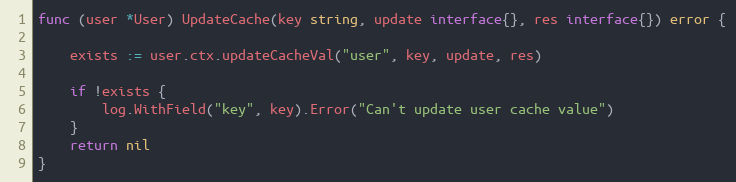
Language: Go
func (user *User) UpdateCache(key string, update interface{}, res interface{}) error {

	exists := user.ctx.updateCacheVal("user", key, update, res)

	if !exists {
		log.WithField("key", key).Error("Can't update user cache value")
	}
	return nil
}